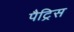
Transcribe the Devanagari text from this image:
पैट्रिस